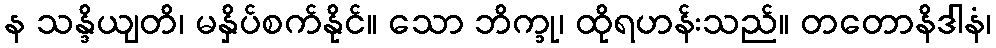
န သန္ဒိယျတိ၊ မနှိပ်စက်နိုင်။ သော ဘိက္ခု၊ ထိုရဟန်းသည်။ တတောနိဒါနံ၊